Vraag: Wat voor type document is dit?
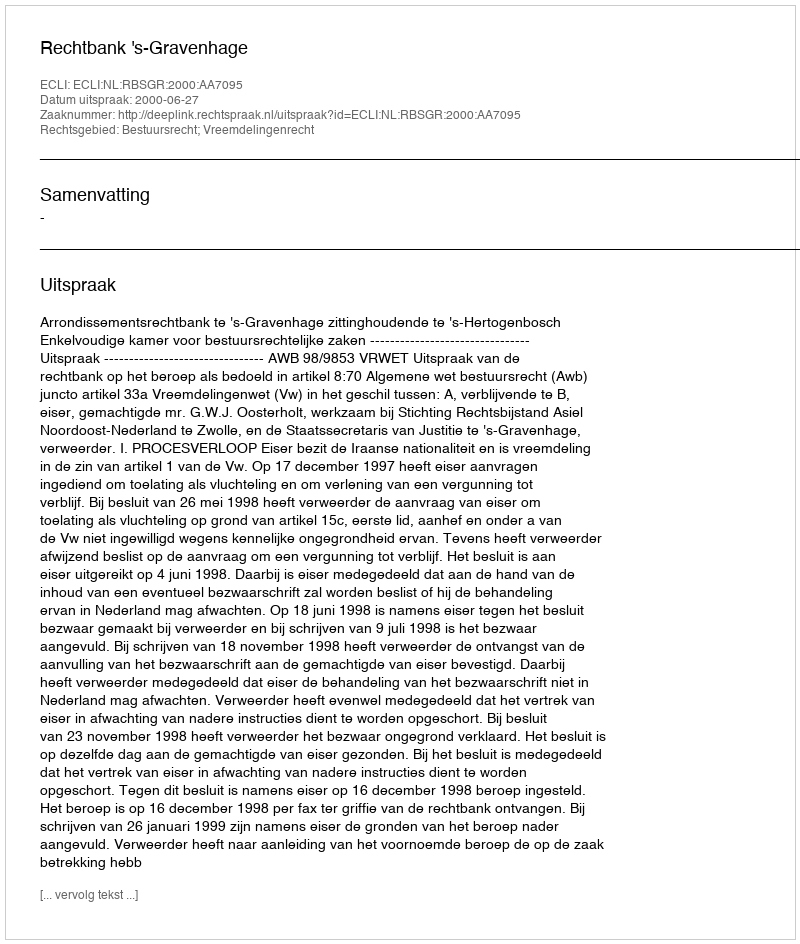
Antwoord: Uitspraak